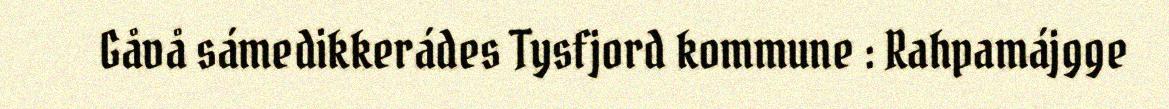
Gåvå sámedikkerádes Tysfjord kommune : Rahpamájgge